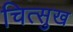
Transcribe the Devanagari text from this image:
चित्सुख